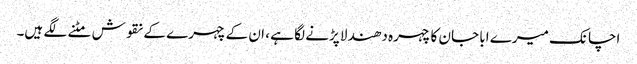
اچانک میرے ابا جان کا چہرہ دھندلا پڑنے لگا ہے ، ان کے چہرے کے نقوش مٹنے لگے ہیں۔